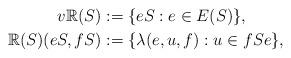
LaTeX: \begin{align*}v\mathbb{R}(S)&: = \{ eS : e \in E(S) \},\\\mathbb{R}(S)(eS,fS)&: = \{ \lambda(e,u,f) : u\in fSe \},\end{align*}